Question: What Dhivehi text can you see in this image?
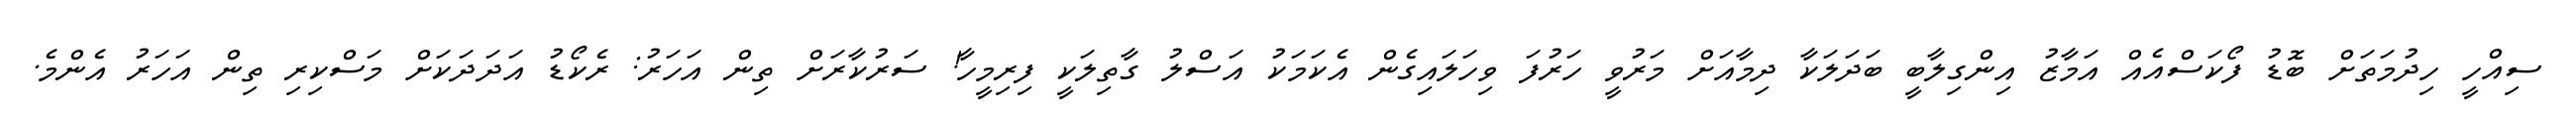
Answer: ސިއްހީ ހިދުމަތަށް ބޮޑު ފޯކަސްއެއް އަމާޒު އިންގިލާބީ ބަދަލަކާ ދިމާއަށް މަރުވީ ހަރުފަ ވިހަލައިގެން އެކަމަކު އަސްލު ގާތިލަކީ ފިރިމީހާ! ސަރުކާރަށް ތިން އަހަރު: ރެކޯޑު އަދަދަކަށް މަސްކިރި ތިން އަހަރު އެންމެ.